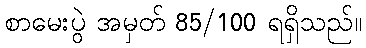
စာမေးပွဲ အမှတ် 85/100 ရရှိသည်။